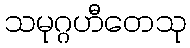
သမုဂ္ဂဟီတေသု